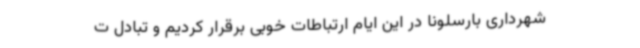
شهرداری بارسلونا در این ایام ارتباطات خوبی برقرار کردیم و تبادل ت